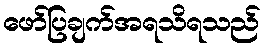
ဖော်ပြချက်အရသိရသည်